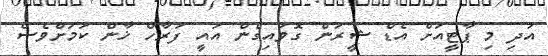
އަދި މި ޕާޓީއަށް އެޑް ޝީރަން ގޮވައިގެން އައީ ފަރާހް ޚާން ކަމަށްވެސް